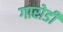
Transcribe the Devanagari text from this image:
गारोडी